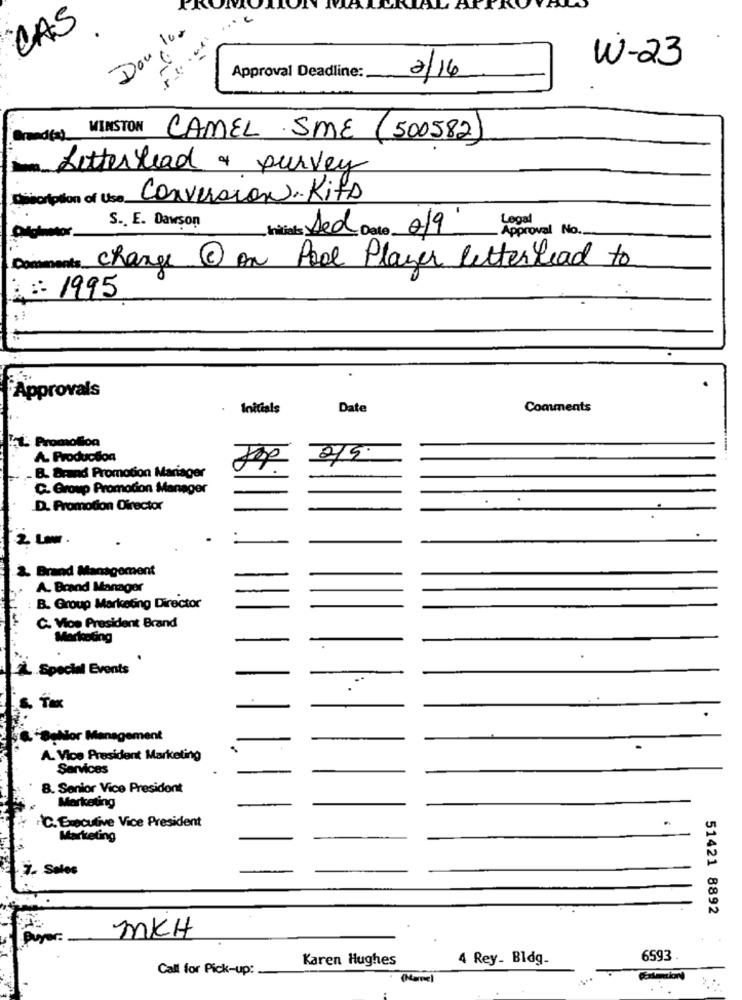
CAS
Don, le.
W-23
Approval Deadline:
2/16
WINSTON
CAMEL SME (500582)
Letterhead & purvey
Diorption of Use Conversion- Kits
S. E. Dawson
Legal
Initial: Aed Date 0/9
- Approval No.
change 1 on Pool Player letterlead to
Comments
: :: 1995
Approvals
Initials
Date
Comments
TL Promotion
A. Production
215
B. Brand Promotion Mariager
C. Group Promotion Manager
D. Promotion Director
2 Lww.
2. Brand Management
A. Brand Manager
B. Group Marketing Director
C. Vice President Brand
Marketing
L.Special Events
S. Tax
"BuNor Management
A. Vice President Marketing
Services
B. Senior Vice President
Marketing
℃. Executive Vice President
Marketing
7. Sales
51421 8892
MKH
Buyer:
Karen Hughes
4 Rey_ Bldg-
6593
Call for Pick-up:
(Marne)